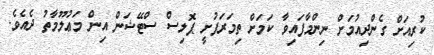
ކުރިއަށް ގެންދިއުމަށް ނިންމާފައިވާ ކަމަށް ތިމަރަފުށީ ޕޮލިސް ސްޓޭޝަން އިން މަޢުލޫމާތު ދެއެވެ.